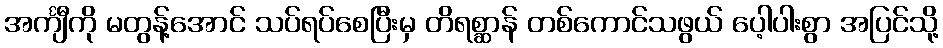
အင်္ကျီကို မတွန့်အောင် သပ်ရပ်စေပြီးမှ တိရစ္ဆာန် တစ်ကောင်သဖွယ် ပေ့ါပါးစွာ အပြင်သို့